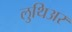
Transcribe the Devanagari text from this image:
लुथिअर